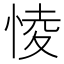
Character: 㥄